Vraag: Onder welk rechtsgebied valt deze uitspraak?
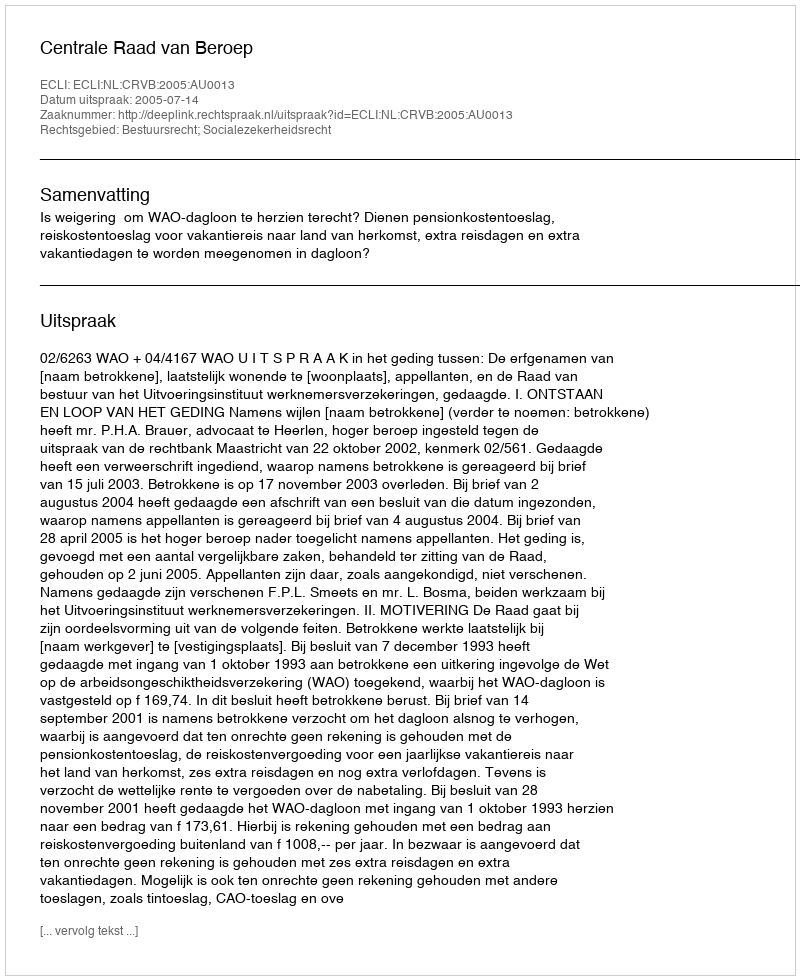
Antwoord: Bestuursrecht; Socialezekerheidsrecht